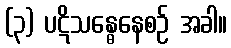
(၃) ပဋိသန္ဓေနေစဉ် အခါ။